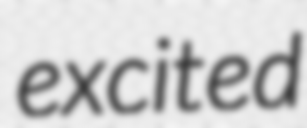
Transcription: excited